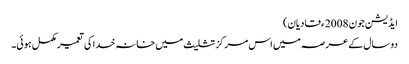
ایڈیشن جون 2008ء قادیان)
دو سال کے عرصہ میں اس مرکز تثلیث میں خانہ خدا کی تعمیر مکمل ہوئی۔